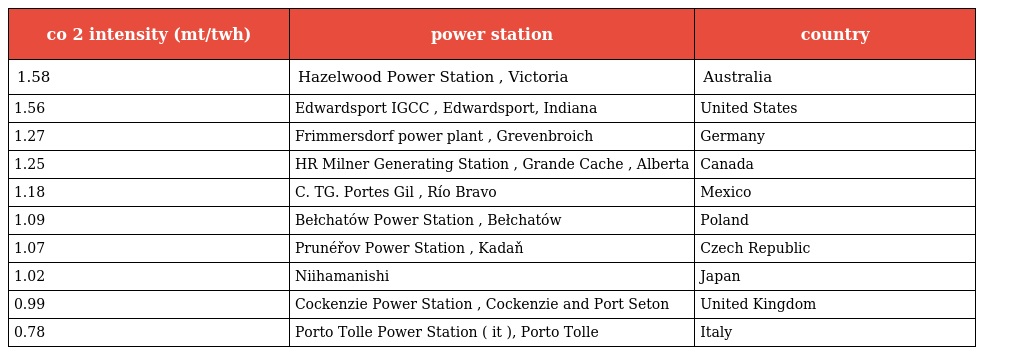
| co 2 intensity (mt/twh) | power station | country |
 | --- | --- | --- |
 | 1.58 | Hazelwood Power Station , Victoria | Australia |
 | 1.56 | Edwardsport IGCC , Edwardsport, Indiana | United States |
 | 1.27 | Frimmersdorf power plant , Grevenbroich | Germany |
 | 1.25 | HR Milner Generating Station , Grande Cache , Alberta | Canada |
 | 1.18 | C. TG. Portes Gil , Río Bravo | Mexico |
 | 1.09 | Bełchatów Power Station , Bełchatów | Poland |
 | 1.07 | Prunéřov Power Station , Kadaň | Czech Republic |
 | 1.02 | Niihamanishi | Japan |
 | 0.99 | Cockenzie Power Station , Cockenzie and Port Seton | United Kingdom |
 | 0.78 | Porto Tolle Power Station ( it ), Porto Tolle | Italy |